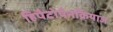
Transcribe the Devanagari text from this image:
हिपैटोपैनक्रियाज